Civil Veterinary Dept. Bombay admin report 1932-41 - 1932-1941
Year: 1932
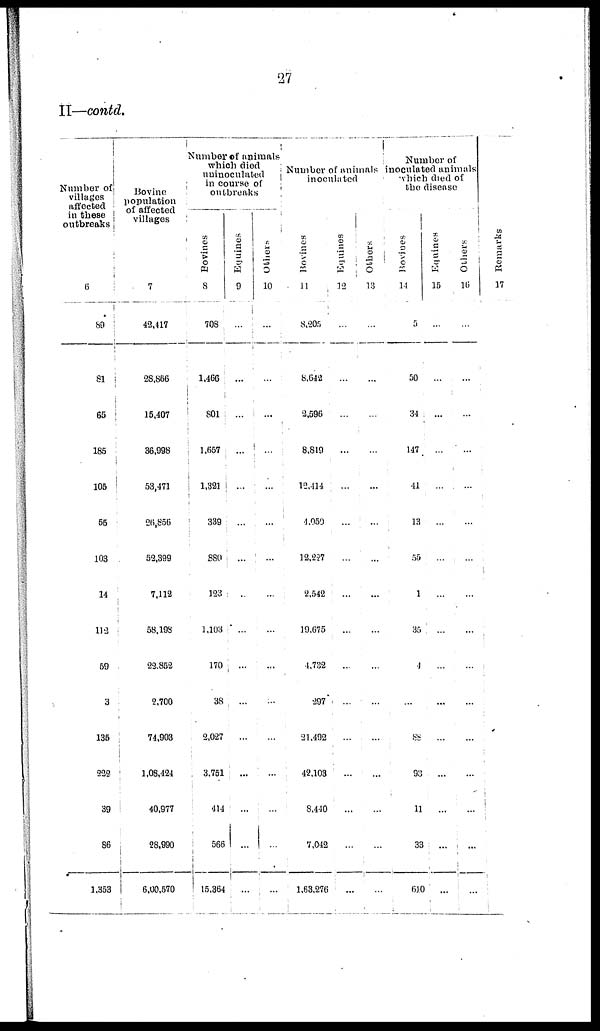
27
II—contd.
Number of
villages
affected
in these
outbreaks
6
89
81
65
185
105
55
103
14
112
59
3
135
222
39
86
1,353
Bovine
population
of affected
villages
7
43,417
28,866
15,407
36,998
53,471
26,856
52,399
7,112
58,198
23,852
2,700
74,903
1,08,424
40,977
28,990
6,00,570
Number of animals
which
died
uninoculated
in
course
of
outbreaks
Bovines
8
708
1,466
801
1,657
1,321
339
880
123
1,103
170
38
2,027
3,751
414
566
15,364
Equines
9
...
...
...
...
...
...
...
...
...
...
...
...
...
...
...
...
Others
10
...
...
...
...
...
...
...
...
...
...
...
...
...
...
...
...
Number of animals
inoculated
Bovines
11
8,205
8,642
2,596
8,819
12,414
4,050
12,227
2,542
19,675
4,732
297
21,492
42,103
8,440
7,042
1,63,276
Equities
12
...
...
...
...
...
...
...
...
...
...
...
...
...
...
...
...
Others
13
...
...
...
...
...
...
...
...
...
...
...
...
...
...
...
...
Number of
inoculated animals
which died of
the disease
Bovines
14
5
50
34
147
41
13
55
1
35
1
...
88
93
11
33
610
Equines
15
...
...
...
...
...
...
...
...
...
...
...
...
...
...
...
...
Others
16
...
...
...
...
...
...
...
...
...
...
...
...
...
...
...
...
Remarks
17